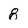
Character: 8